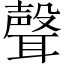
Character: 聲